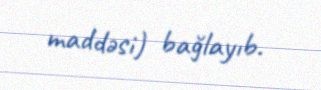
maddəsi) bağlayıb.